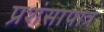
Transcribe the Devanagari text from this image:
प्रशंसापात्र